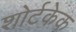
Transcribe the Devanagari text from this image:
शोर्टकेक